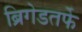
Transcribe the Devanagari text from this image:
ब्रिगेडतर्फे